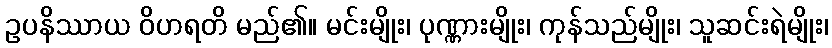
ဥပနိဿာယ ဝိဟရတိ မည်၏။ မင်းမျိုး၊ ပုဏ္ဏားမျိုး၊ ကုန်သည်မျိုး၊ သူဆင်းရဲမျိုး၊